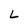
Character: L